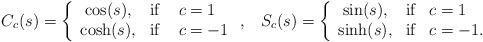
LaTeX: \begin{align*}C_{c}(s)=\left\{ \begin{array}{cll} \cos(s), & \hbox{if } & c=1\\ \cosh(s), & \hbox{if} & c=-1 \end{array} \right.,\;\;\; S_{c}(s)=\left\{ \begin{array}{cll} \sin(s), & \hbox{if} & c=1\\ \sinh(s), & \hbox{if}& c=-1. \end{array} \right.\end{align*}